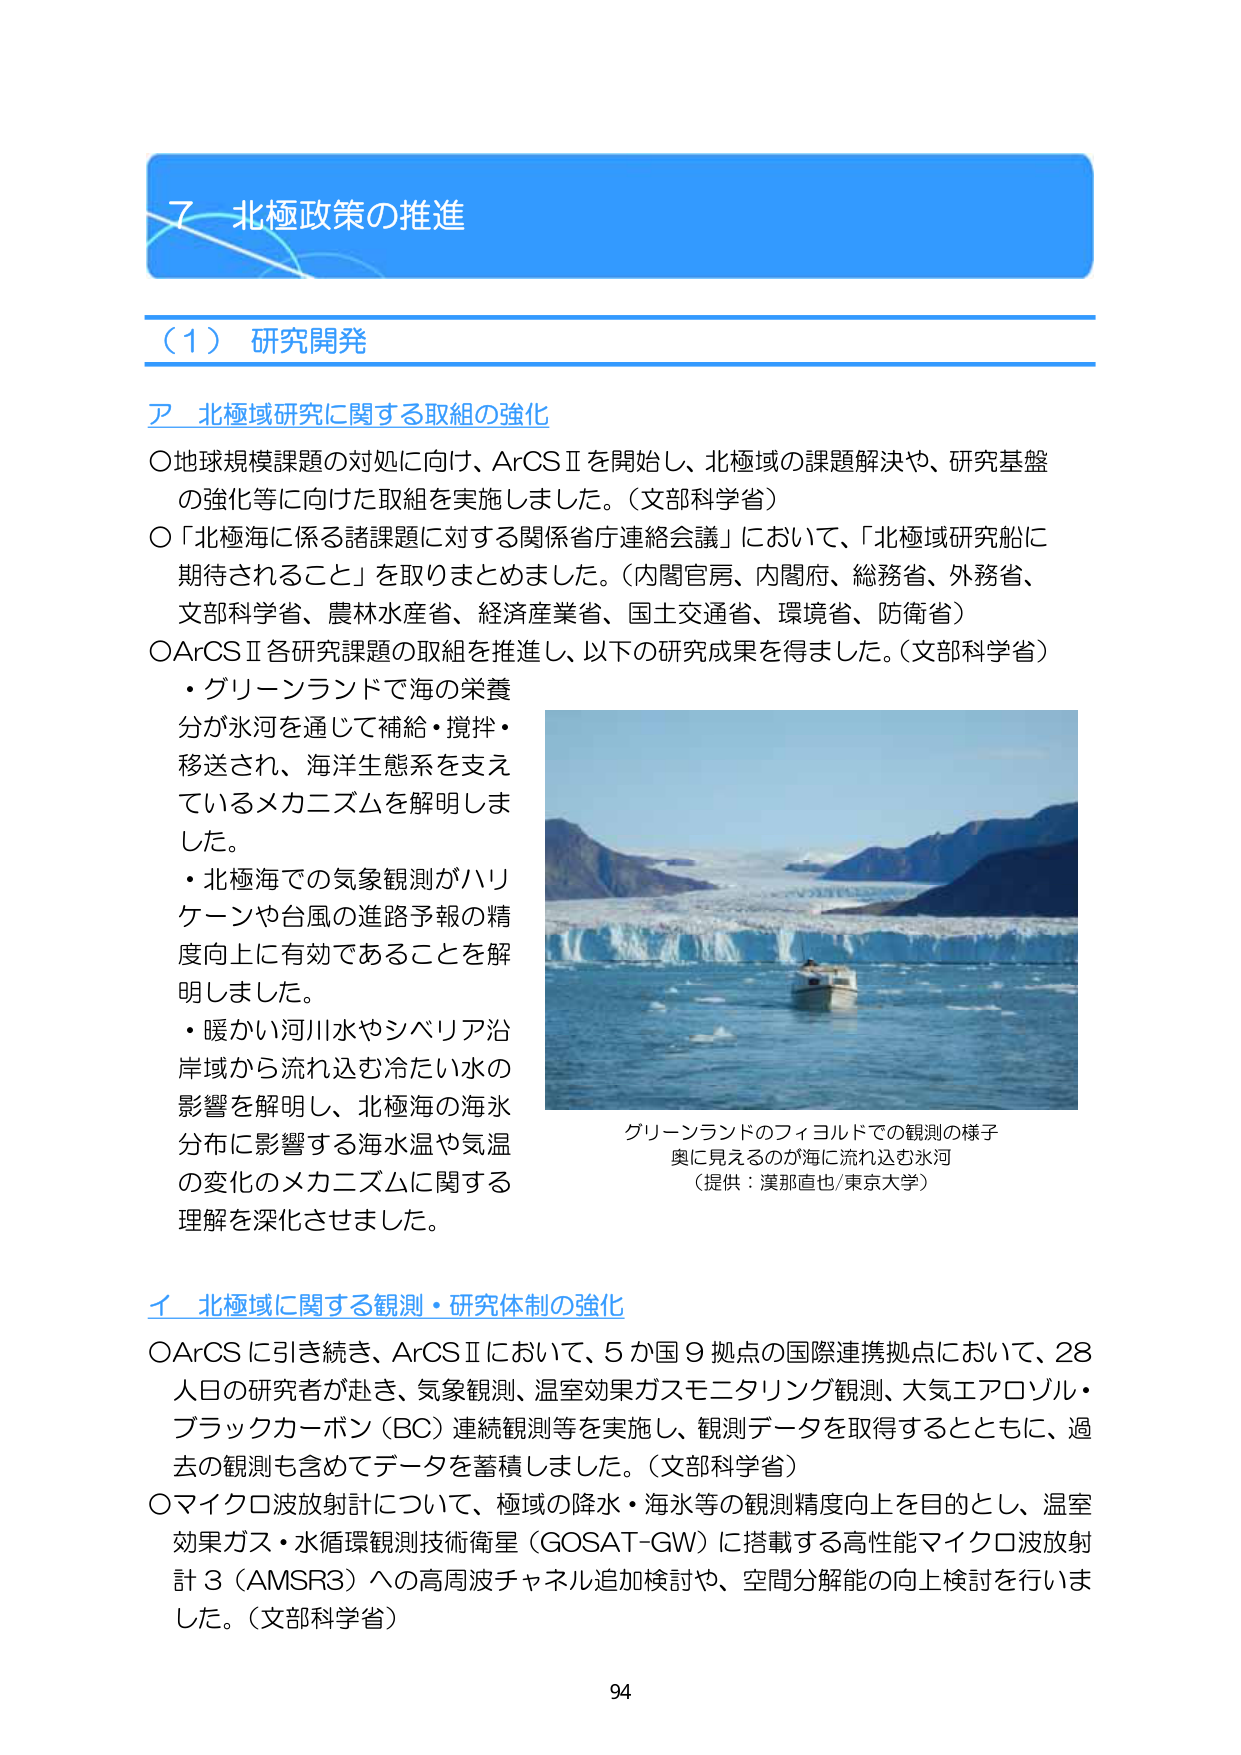
７ 北極政策の推進

（１）研究開発

ア 北極域研究に関する取組の強化

○地球規模課題の対処に向け、ArCSⅡを開始し、北極域の課題解決や、研究基盤の強化等に向けた取組を実施しました。（文部科学省）

○「北極海に係る諸課題に対する関係省庁連絡会議」において、「北極域研究船に期待されること」を取りまとめました。（内閣官房、内閣府、総務省、外務省、文部科学省、農林水産省、経済産業省、国土交通省、環境省、防衛省）

○ArCSⅡ各研究課題の取組を推進し、以下の研究成果を得ました。（文部科学省）

・グリーンランドで海の栄養分が氷河を通じて補給・撹拌・移送され、海洋生態系を支えているメカニズムを解明しました。

・北極海での気象観測がハリケーンや台風の進路予報の精度向上に有効であることを解明しました。

・暖かい河川水やシベリア沿岸域から流れ込む冷たい水の影響を解明し、北極海の海水分布に影響する海水温や気温の変化のメカニズムに関する理解を深化させました。

グリーンランドのフィヨルドでの観測の様子
奥に見えるのが海に流れ込む氷河
（提供：漢那直也/東京大学）

イ 北極域に関する観測・研究体制の強化

○ArCSに引き続き、ArCSⅡにおいて、５か国９拠点の国際連携拠点において、28人日の研究者が赴き、気象観測、温室効果ガスモニタリング観測、大気エアロゾル・ブラックカーボン（BC）連続観測等を実施し、観測データを取得するとともに、過去の観測も含めてデータを蓄積しました。（文部科学省）

○マイクロ波放射計について、極域の降水・海水等の観測精度向上を目的とし、温室効果ガス・水循環観測技術衛星（GOSAT-GW）に搭載する高性能マイクロ波放射計３（AMSR3）への高周波チャネル追加検討や、空間分解能の向上検討を行いました。（文部科学省）

94